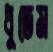
ধুতেম